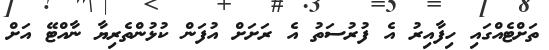
ތަށްޓެއްގައި ހިފާއިރު އެ ފުރުސަތު އެ ރަށަށް އުފަން ކުޅުންތެރިޔާ ނާއްޓޭ އަށް